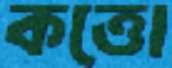
কত্তো